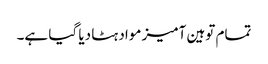
تمام توہین آمیز مواد ہٹا دیا گیا ہے۔